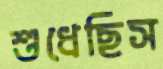
শুধেছিস